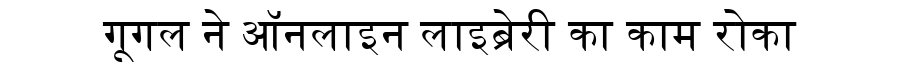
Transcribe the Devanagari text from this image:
गूगल ने ऑनलाइन लाइब्रेरी का काम रोका